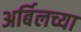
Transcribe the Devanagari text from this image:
अर्बिलच्या